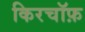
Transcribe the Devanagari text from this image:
किरचॉफ़